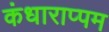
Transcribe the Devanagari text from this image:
कंधाराप्पम